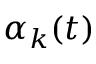
\alpha _ { k } ( t )